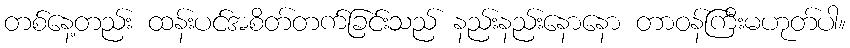
တစ်နေ့တည်း ထန်းပင်အစိတ်တက်ခြင်းသည် နည်းနည်းနောနော တာဝန်ကြီးမဟုတ်ပါ။